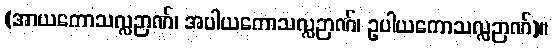
(အာယကောသလ္လဉာဏ်၊ အပါယကောသလ္လဉာဏ်၊ ဥပါယကောသလ္လဉာဏ်)။